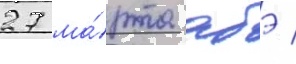
27 ма́рта абэ /